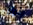
بقول